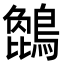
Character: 𪄢